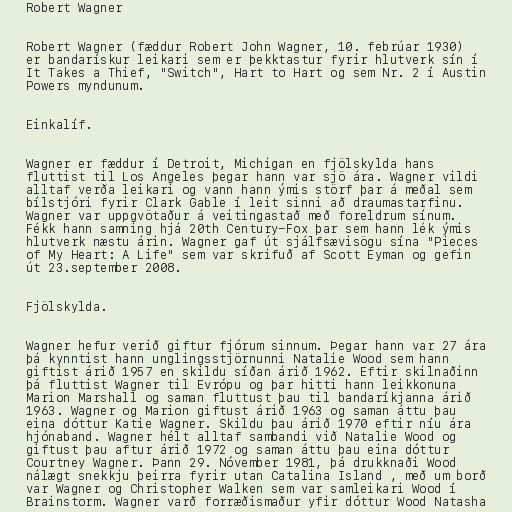
Robert Wagner

Robert Wagner (fæddur Robert John Wagner, 10. febrúar 1930)
er bandarískur leikari sem er þekktastur fyrir hlutverk sín í
It Takes a Thief, "Switch", Hart to Hart og sem Nr. 2 í Austin
Powers myndunum.

Einkalíf.

Wagner er fæddur í Detroit, Michigan en fjölskylda hans
fluttist til Los Angeles þegar hann var sjö ára. Wagner vildi
alltaf verða leikari og vann hann ýmis störf þar á meðal sem
bílstjóri fyrir Clark Gable í leit sinni að draumastarfinu.
Wagner var uppgvötaður á veitingastað með foreldrum sínum.
Fékk hann samning hjá 20th Century-Fox þar sem hann lék ýmis
hlutverk næstu árin. Wagner gaf út sjálfsævisögu sína "Pieces
of My Heart: A Life" sem var skrifuð af Scott Eyman og gefin
út 23.september 2008.

Fjölskylda.

Wagner hefur verið giftur fjórum sinnum. Þegar hann var 27 ára
þá kynntist hann unglingsstjörnunni Natalie Wood sem hann
giftist árið 1957 en skildu síðan árið 1962. Eftir skilnaðinn
þá fluttist Wagner til Evrópu og þar hitti hann leikkonuna
Marion Marshall og saman fluttust þau til bandaríkjanna árið
1963. Wagner og Marion giftust árið 1963 og saman áttu þau
eina dóttur Katie Wagner. Skildu þau árið 1970 eftir níu ára
hjónaband. Wagner hélt alltaf sambandi við Natalie Wood og
giftust þau aftur árið 1972 og saman áttu þau eina dóttur
Courtney Wagner. Þann 29. Nóvember 1981, þá drukknaði Wood
nálægt snekkju þeirra fyrir utan Catalina Island , með um borð
var Wagner og Christopher Walken sem var samleikari Wood í
Brainstorm. Wagner varð forræðismaður yfir dóttur Wood Natasha